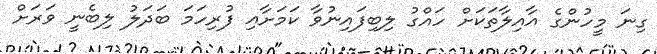
ގިނަ މީހުންގެ އާއިލާތަކަށް ހައްގު ލިބިފައިނުވާ ކަމަށާއި ފުރިހަމަ ބަދަލު ލިބެނީ ވަރަށް